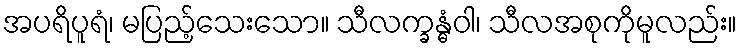
အပရိပူရံ၊ မပြည့်သေးသော။ သီလက္ခန္ဓံဝါ၊ သီလအစုကိုမူလည်း။